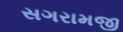
સગરામજી